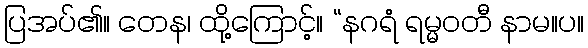
ပြအပ်၏။ တေန၊ ထို့ကြောင့်။ “နဂရံ ရမ္မဝတီ နာမ။ပ။